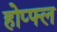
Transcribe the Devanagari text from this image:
होप्फ्ल